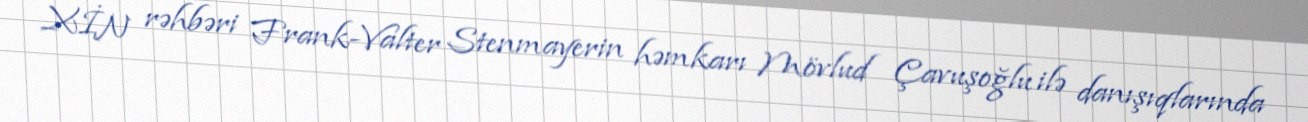
XİN rəhbəri Frank-Valter Stenmayerin həmkarı Mövlud Çavuşoğlu ilə danışıqlarında